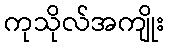
ကုသိုလ်အကျိုး